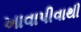
ખાવાપીવાથી